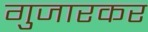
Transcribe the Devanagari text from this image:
गुजारकर